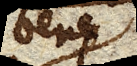
bene